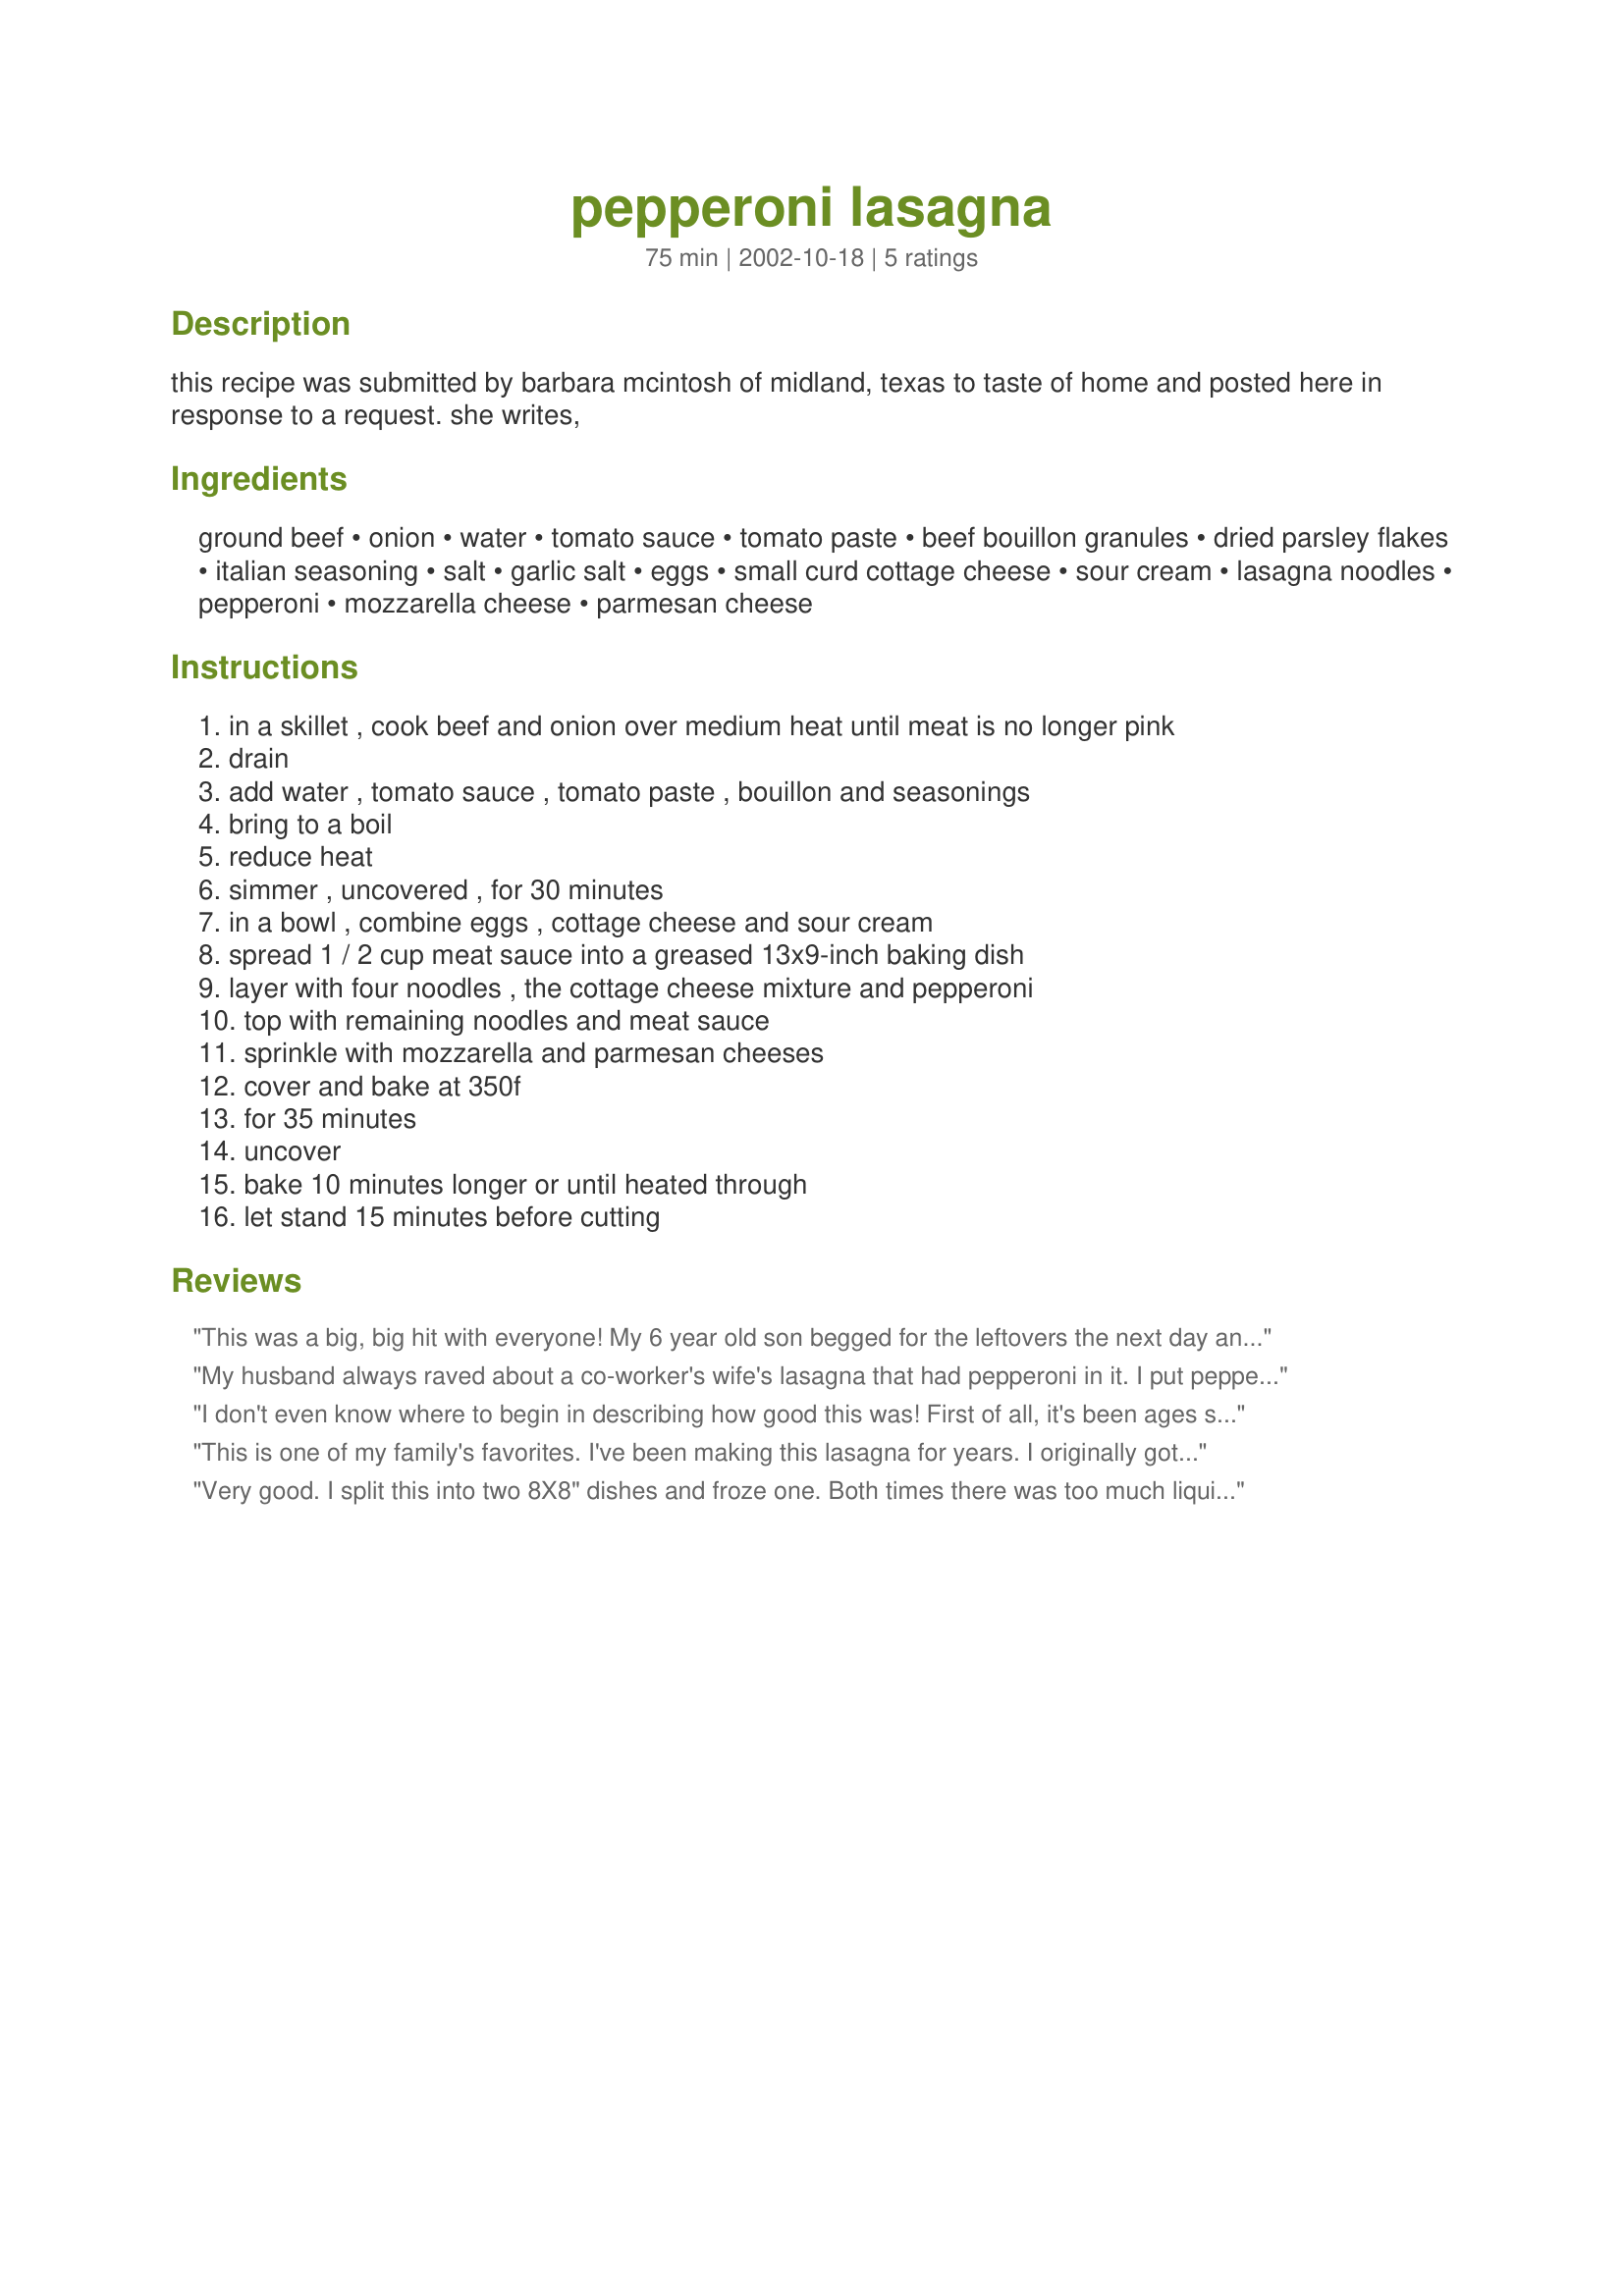
pepperoni lasagna
Preparation time: 75 minutes

this recipe was submitted by barbara mcintosh of midland, texas to taste of home and posted here in response to a request. she writes,

Ingredients:
ground beef, onion, water, tomato sauce, tomato paste, beef bouillon granules, dried parsley flakes, italian seasoning, salt, garlic salt, eggs, small curd cottage cheese, sour cream, lasagna noodles, pepperoni, mozzarella cheese, parmesan cheese

Steps:
in a skillet , cook beef and onion over medium heat until meat is no longer pink, drain, add water , tomato sauce , tomato paste , bouillon and seasonings, bring to a boil, reduce heat, simmer , uncovered , for 30 minutes, in a bowl , combine eggs , cottage cheese and sour cream, spread 1 / 2 cup meat sauce into a greased 13x9-inch baking dish, layer with four noodles , the cottage cheese mixture and pepperoni, top with remaining noodles and meat sauce, sprinkle with mozzarella and parmesan cheeses, cover and bake at 350f, for 35 minutes, uncover, bake 10 minutes longer or until heated through, let stand 15 minutes before cutting

Reviews:
This was a big, big hit with everyone! My 6 year old son begged for the leftovers the next day and he NEVER wants leftovers. This was easier than my regular lasagna recipe and a nice change. The pepperoni gives it a really good flavor. I added a can of chopped, drained Italian- style stewed tomatoes to the sauce. I replaced a 1/2 cup of the water with 1/4 cup red wine and 1/4 cup juices from the stewed tomatoes. I added more spices to the sauce-fresh minced garlic,Emeril's Essence, Worcestershire sauce, sugar, and pepper).The sauce thickens up nicely and is delicious! I added fresh minced parsley and pepper to the cottage cheese mixture. I will be making this again for sure! I didn't get 12 servings though-it was more like six in my family!
My husband always raved about a co-worker's wife's lasagna that had pepperoni in it. I put pepperoni in my lasagna, but it wasnt the same. So I went on a search and found this. Wow! Its just delicious! And hubby says its just like his friend's wife's lasagna.
I don't even know where to begin in describing how good this was! First of all, it's been ages since I've made a homemade lasagna, so you have to take that into account, lol. Even still, this was amazing. I had fears that the pepperoni would make it too salty, but it really just added an extra little zing of taste to each bite. The boys are not pepperoni lovers at all, but my 6-year-old even asked for thirds (which he did not get, obviously)! The cheese layer is perfectly baked, and the eggs actually add another dimension of flavor to it. It takes forever to throw together, but it is SO WORTH IT!!! I will be making this again and again. I'm thinking I could start putting it all together the night before and then just throw it in the oven when I get home after work. The only change I made was to use garlic powder instead of garlic salt. With the pepperoni and then the addition of salt already, I thought the garlic salt would be overkill. Oh, and I subbed ground turkey for ground beef, as usual. I also used the tiny pepperonis instead of the regular-sized ones, so there was at least a little bit of pepperoni in every bite.
This is one of my family's favorites. I've been making this lasagna for years. I originally got the recipe from a Southern Living cookbook. I also add 8 oz. of softened cream cheese to the cottage cheese layer. That makes it even "gooder"!
Very good. I split this into two 8X8" dishes and froze one. Both times there was too much liquid in the bottom of the dish, so I am wondering if I missed something (the eggs, maybe?) I will try again. Thanks for sharing.
